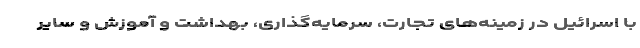
با اسرائیل در زمینه‌های تجارت، سرمایه‌گذاری، بهداشت و آموزش و سایر